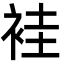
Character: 袿